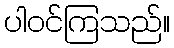
ပါဝင်ကြသည်။